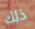
ذلك